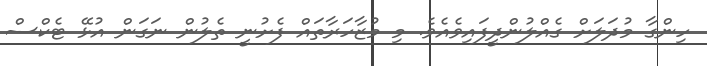
ހިންގާ މުދަލަށް ގެއްލުންދީފައިވެއެވެ. މި މުޒާހަރާތައް ފެށުނީ ތެލުން ނަގަން އުޅޭ ޓެކްސް